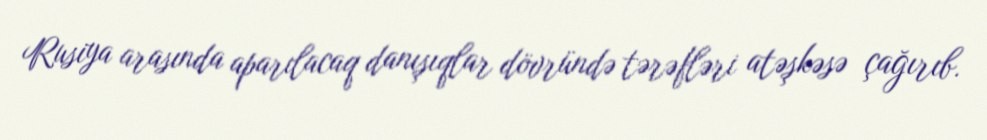
Rusiya arasında aparılacaq danışıqlar dövründə tərəfləri atəşkəsə çağırıb.